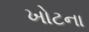
ખોટના